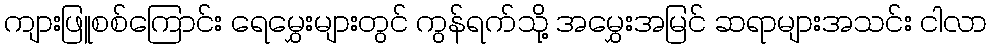
ကျားဖြူစစ်ကြောင်း ရေမွှေးများတွင် ကွန်ရက်သို့ အမွှေးအမြင် ဆရာများအသင်း ငါလာ